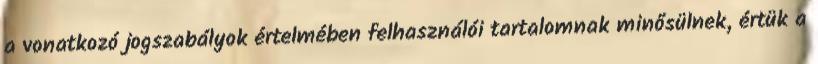
a vonatkozó jogszabályok értelmében felhasználói tartalomnak minősülnek, értük a